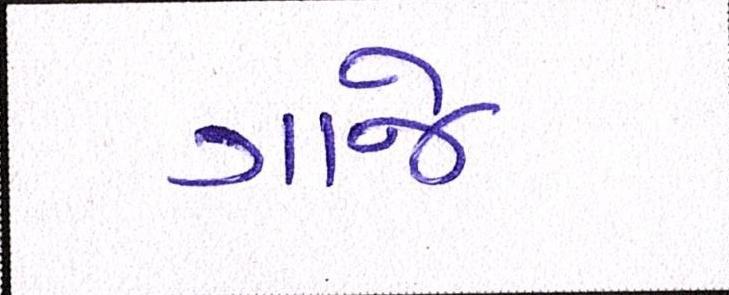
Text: ગાજે